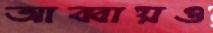
আব্বায়ও